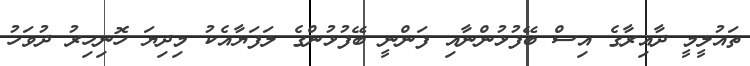
ތައުލީމީ ދާއިރާގެ އިސް ބޭފުޅުންނާއި ފަންނީ ބޭފުޅުންގެ ލަފަޔާއެކު މިިދިޔަ ހޮނިހިރު ދުވަހު